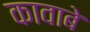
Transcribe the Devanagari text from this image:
कावाबे